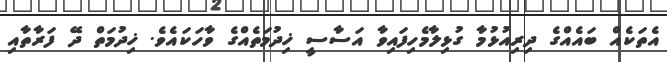
އެތަކެއް ބައެއްގެ ދިރިއުޅުމާ ގުޅިލާމެހިފައިވާ އަސާސީ ޚިދުމަތެއްގެ ވާހަކައެވެ. ޚިދުމަތް ދޭ ފަރާތާއި